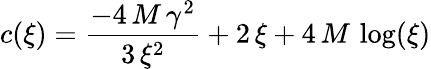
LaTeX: c(\xi)={\frac{-4\, M\, {{\gamma}^{2}}}{3\, {{\xi}^{2}}}}+2\, \xi+4\, M\, \log(\xi)